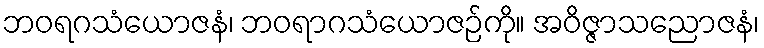
ဘဝရဂသံယောဇနံ၊ ဘဝရာဂသံယောဇဉ်ကို။ အဝိဇ္ဇာသညောဇနံ၊